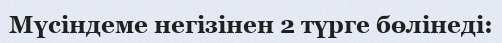
Мүсіндеме негізінен 2 түрге бөлінеді: